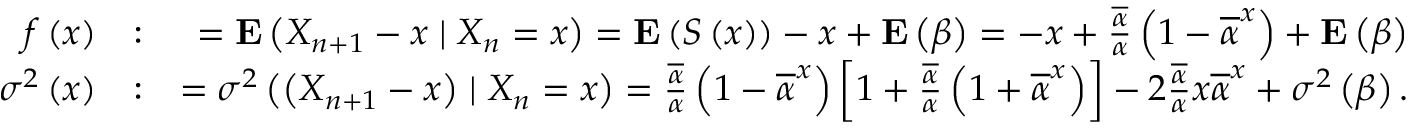
\begin{array} { r l r } { f \left( x \right) } & { : } & { = { \bf E } \left( X _ { n + 1 } - x \mid X _ { n } = x \right) = { \bf E } \left( S \left( x \right) \right) - x + { \bf E } \left( \beta \right) = - x + \frac { \overline { { \alpha } } } { \alpha } \left( 1 - \overline { { \alpha } } ^ { x } \right) + { \bf E } \left( \beta \right) } \\ { \sigma ^ { 2 } \left( x \right) } & { : } & { = \sigma ^ { 2 } \left( \left( X _ { n + 1 } - x \right) \mid X _ { n } = x \right) = \frac { \overline { { \alpha } } } { \alpha } \left( 1 - \overline { { \alpha } } ^ { x } \right) \left[ 1 + \frac { \overline { { \alpha } } } { \alpha } \left( 1 + \overline { { \alpha } } ^ { x } \right) \right] - 2 \frac { \overline { { \alpha } } } { \alpha } x \overline { { \alpha } } ^ { x } + \sigma ^ { 2 } \left( \beta \right) . } \end{array}